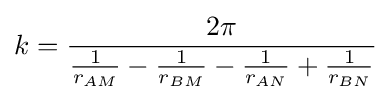
k={\frac {2\pi }{{\frac {1}{r_{AM}}}-{\frac {1}{r_{BM}}}-{\frac {1}{r_{AN}}}+{\frac {1}{r_{BN}}}}}